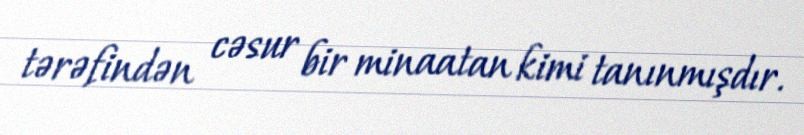
tərəfindən cəsur bir minaatan kimi tanınmışdır.